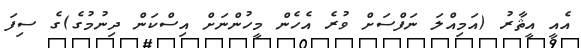
އެއީ އީޘާރު (އަމިއްލަ ނަފްސަށް ވުރެ އެހެން މީހުންނަށް އިސްކަން ދިނުމުގެ)ގެ ސިފަ